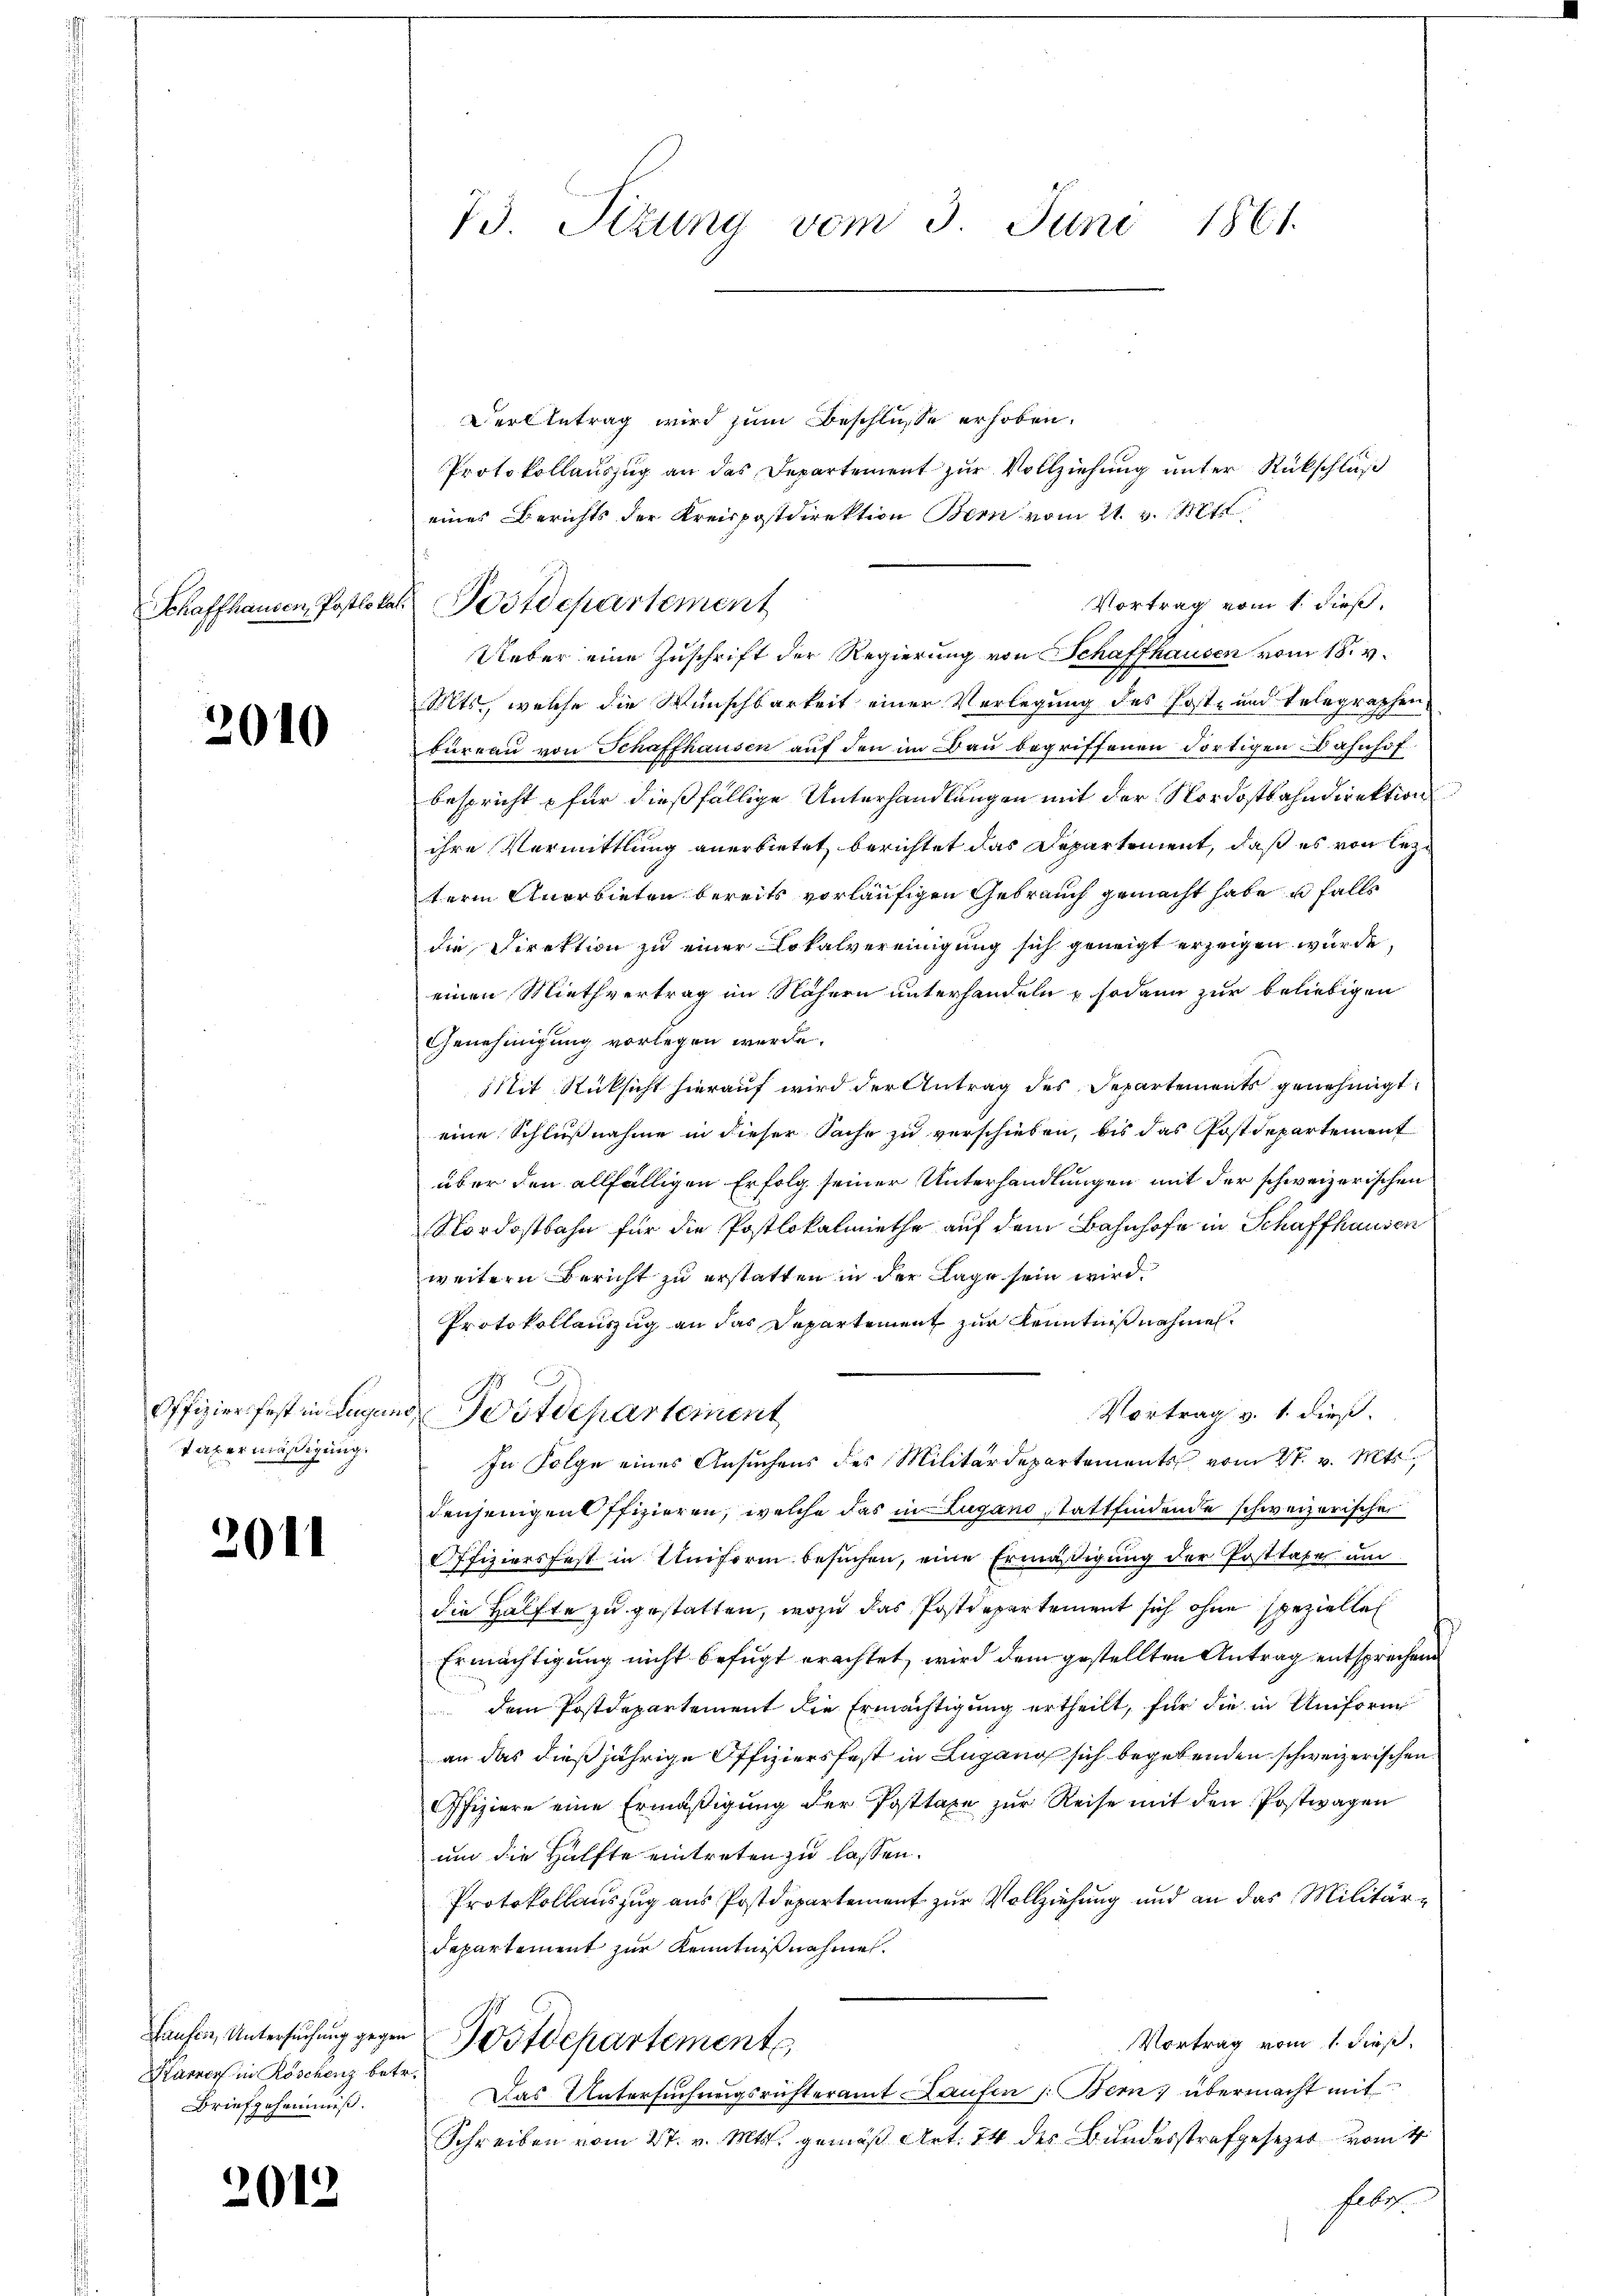
2010

Vabermäßigung.

2011

Derl betrag wird zum Beschlüsse erhoben.
Protokollauszug an das Departement zur Vollziehung unter Rückschluß
eines Berichts der Kreispostdirektion Bern vom 21. v. Mts.
Vortrag vom 1. dieß,
Ueber eine Zuschrift der Regierung von Schaffhausen vom 18. v.
1
Mts., welche die Wunschbarkeit einer Verlegung des Post- und Telegraphen
büreau von Schaffhausen auf den im Bau begriffenen dortigen Bahnhof
bespricht für dießfällige Unterhandlungen mit der Nordostbahndirektion
ihre Vermittlung anerbietet, berichtet das Departement, daß es von lezterm Anerbieten bereits vorläufigen Gebrauch gemacht habe u falls
die Direktion zu einer Lokalvereinigung sich geneigt erzeigen wurde,
einen Miethvertrag im Nähern unterhandeln & sodann zur beliebigen
Genehmigung vorlegen werde.
Mit Rücksicht hierauf wird der Antrag des Departements genehmigt.
eine Schlußnahme in dieser Sache zu verschieben, bis das Postdepartement
über den allfälligen Erfolg seiner Unterhandlungen mit der schweizerischen
Nordostbahn für die Postlokalmiethe auf dem Bahnhofe in Schaffhausen
weitern Bericht zu erstatten in der Lage sein wird.
Protokollauszug an das Departement zur Kenntnißnahmen.
Offizier fest in Lugand Postdepartement
Vortrag v. 1. dieß.
In Folge eines Ansuchens des Militärdepartements vom 27. v. Mts.,
denjenigent ffizieren, welche das in Lugano stattfindende schweizerische
Offiziersfest in Uniform besuchen, eine Ermäßigung der Posttaxe um
die Hälfte zu gestatten, wozu das Postdepartement sich ohne speziellen
Ermächtigung nicht befugt erachtet, wird dem gestellten Antrag entsprechen
dem Postdepartement die Ermächtigung ertheilt, für die in Uniform
an das dießjährige Offiziersfest in Lugang sich begebenden schweizerischen
Ofiziere eine Ermäßigung der Posttaxe zur Reise mit den Postwagen
um die Hälfte eintreten zu lassen.
Protokollauszug aus Postdepartement zur Vollziehung und an das Militär¬
Departement zur Kenntnißnahme.
Haufen, Untersuchung gegen Postdepartements
Vortrag vom 1. dieß,
Das Untersuchungsrichteramt Laufen : Bern; übermacht mit
Schreiben vom 27. v. Mts. gemäß Art. 74 der Bundesstrafgesezes vom 4.
Felix

Karrer in Röschenz betr.
Briefgehemmes.

2013

73 Sizung vom 3. Juni 1861.

Schaffhausen, Postlokat Postdepartement